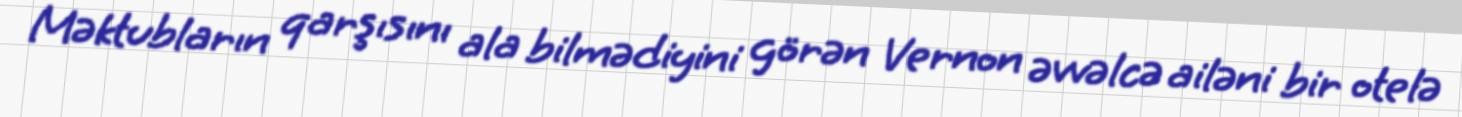
Məktubların qarşısını ala bilmədiyini görən Vernon əvvəlcə ailəni bir otelə